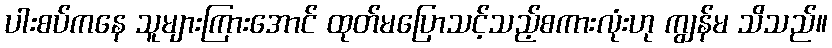
ပါးစပ်ကနေ သူများကြားအောင် ထုတ်မပြောသင့်သည့်စကားလုံးဟု ကျွန်မ သိသည်။